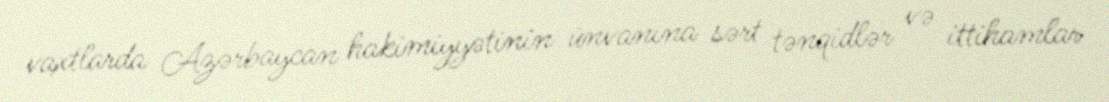
vaxtlarda Azərbaycan hakimiyyətinin ünvanına sərt tənqidlər və ittihamlar